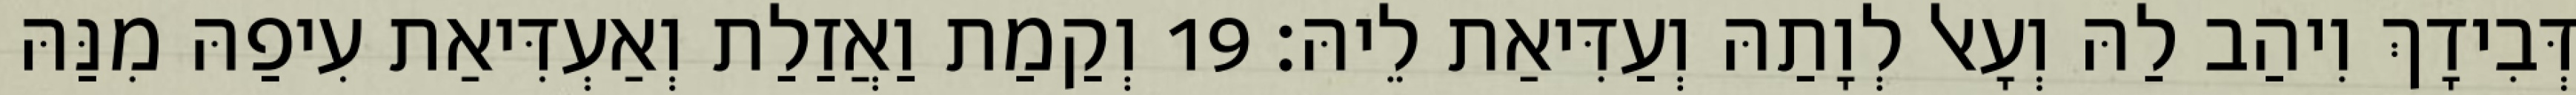
דְּבִידָךְ וִיהַב לַהּ וְעָאל לְוָתַהּ וְעַדִּיאַת לֵיהּ׃ 19 וְקַמַת וַאֲזַלַת וְאַעְדִּיאַת עִיפַהּ מִנַּהּ